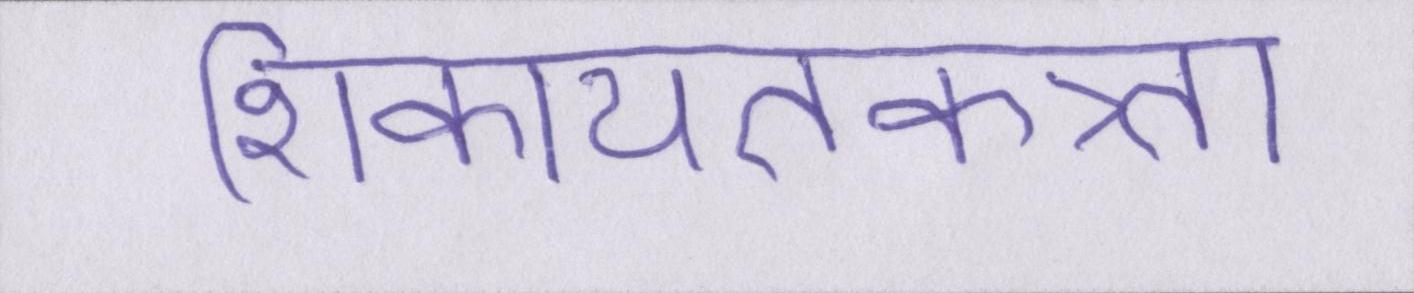
शिकायतकत्र्ता